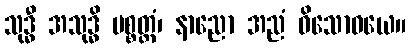
သုဒ္ဓီ အသုဒ္ဓိ ပစ္စတ္တံ၊ နာညော အညံ ဝိသောဓယေ။